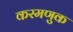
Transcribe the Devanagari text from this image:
करमणुक